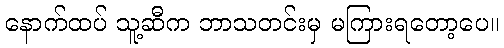
နောက်ထပ် သူ့ဆီက ဘာသတင်းမှ မကြားရတော့ပေ။